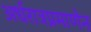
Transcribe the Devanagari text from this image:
अर्धरात्रप्रमाणेन